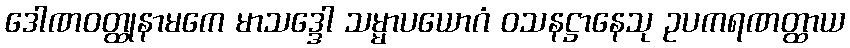
ဒေါဏဝတ္ထုနာမကေ မာသဒ္ဒေါ သမ္မာပယောဂံ ဝသနဋ္ဌာနေသု ဥပကရဏတ္ထာယ